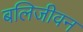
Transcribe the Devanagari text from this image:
बलिजीवन